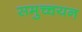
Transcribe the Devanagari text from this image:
समुच्चयन